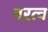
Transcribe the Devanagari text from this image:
नरत्व